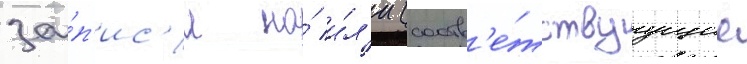
за́п'ис'и на́ и́л'и (соотв'е́тствуущие